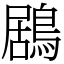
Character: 鶋